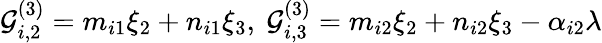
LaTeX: \mathcal{G}_{i,2}^{(3)}=m_{i1}\xi_{2}+n_{i1}\xi_{3},~\mathcal{G}_{i,3}^{(3)}=m_{i2}\xi_{2}+n_{i2}\xi_{3}-\alpha_{i2}\lambda